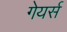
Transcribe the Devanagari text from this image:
गेयर्स